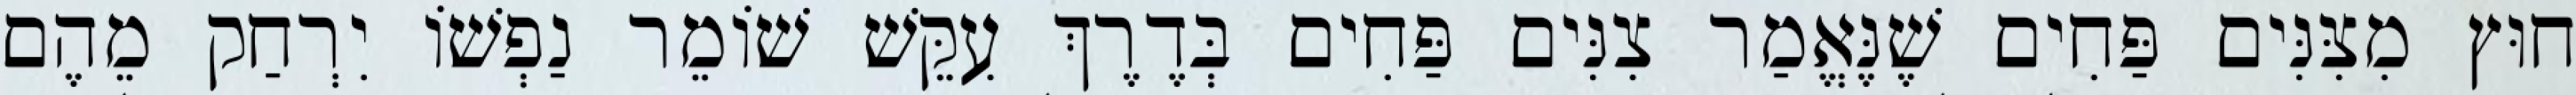
חוּץ מִצִּנִּים פַּחִים שֶׁנֶּאֱמַר צִנִּים פַּחִים בְּדֶרֶךְ עִקֵּשׁ שׁוֹמֵר נַפְשׁוֹ יִרְחַק מֵהֶם